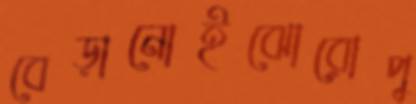
বেড়ানোইঝোরোপু